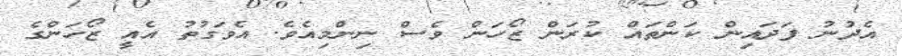
އެދުނު ފަދައިން ކަންތައް ކުރަން ޒޯހަން ވެސް ނިންމިއެވެ. އެވަގުތު އެއީ ޒޯހަންގެ